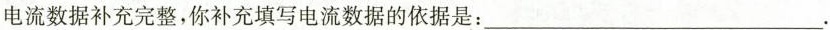
电流数据补充完整，你补充填写电流数据的依据是：___.